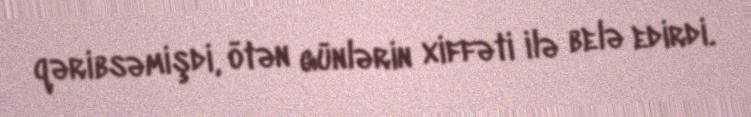
qəribsəmişdi, ötən günlərin xiffəti ilə belə edirdi.